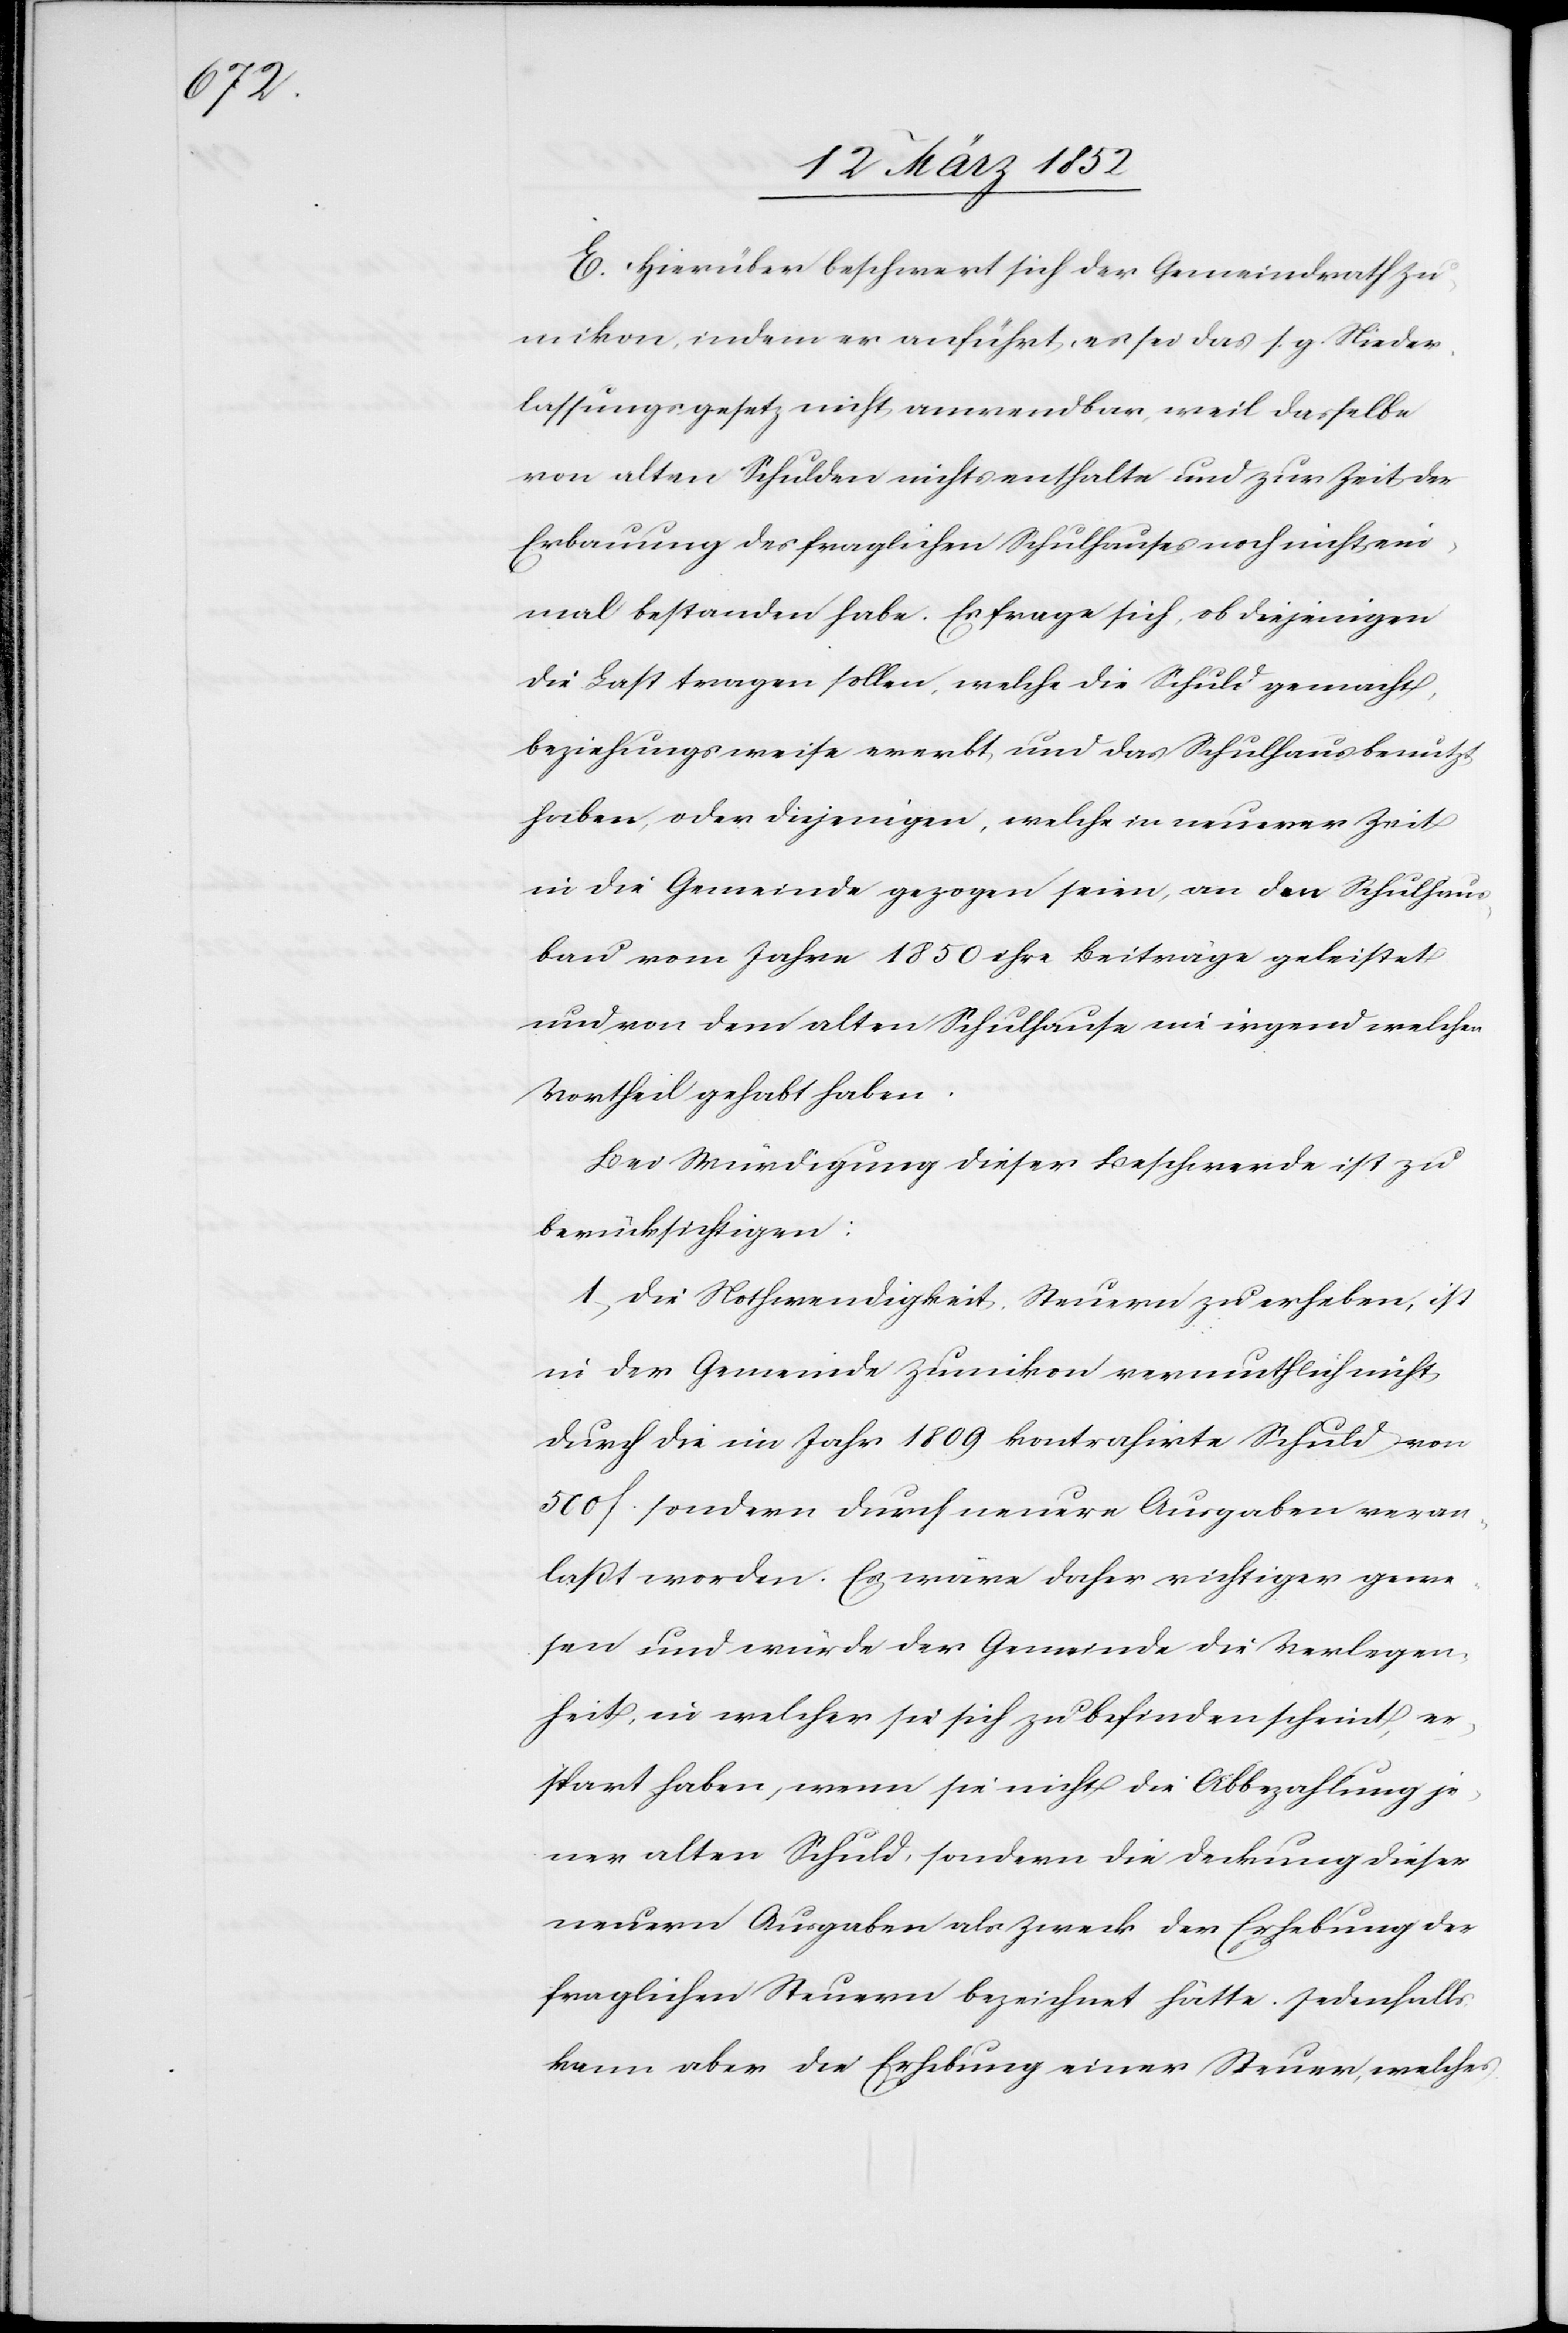
E. Hierüber beschwert sich der Gemeindrath Zu¬
mikon, indem er anführt, es sei das s. g. Nieder¬
lassungsgesetz nicht anwendbar, weil dasselbe
von alten Schulden nichts enthalte und zur Zeit der
Erbauung des fraglichen Schulhauses noch nicht ein¬
mal bestanden habe. Es frage sich, ob diejenigen
die Last tragen sollen, welche die Schuld gemacht,
beziehungsweise ererbt und das Schulhaus benutzt
haben, oder diejenigen, welche in unserer Zeit
in die Gemeinde gezogen seien, an den Schulhaus¬
bau vom Jahre 1850 ihre Beiträge geleistet
und von dem alten Schulhause nie irgend welchen
Vortheil gehabt haben.
Bei Würdigung dieser Beschwerde ist zu
berücksichtigen:
1) Die Nothwendigkeit, Steuern zu erheben, ist
in der Gemeinde Zumikon vermuthlich nicht
durch die im Jahr 1809 kontrahierte Schuld von
500 f. sondern durch neuere Ausgaben veran¬
laßt worden. Es wäre daher richtiger gewe¬
sen und würde der Gemeinde die Verlegen¬
heit, in welcher sie sich zu Befinden scheint, er¬
spart haben, wenn sie nicht die Abbezahlung je¬
ner alten Schuld, sondern die Deckung dieser
neuern Ausgaben als Zweck der Erhebung der
fraglichen Steuern bezeichnet hätte. Jedenfalls
kann aber die Erhebung einer Steuer, welches